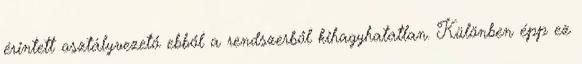
érintett osztályvezető ebből a rendszerből kihagyhatatlan. Különben épp ez